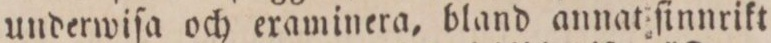
underwiſa och eraminera, bland annat ſinnrikt